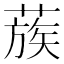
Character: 蔟